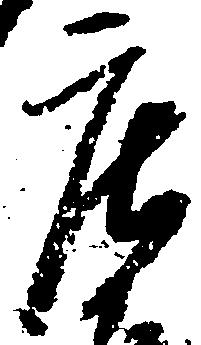
庄